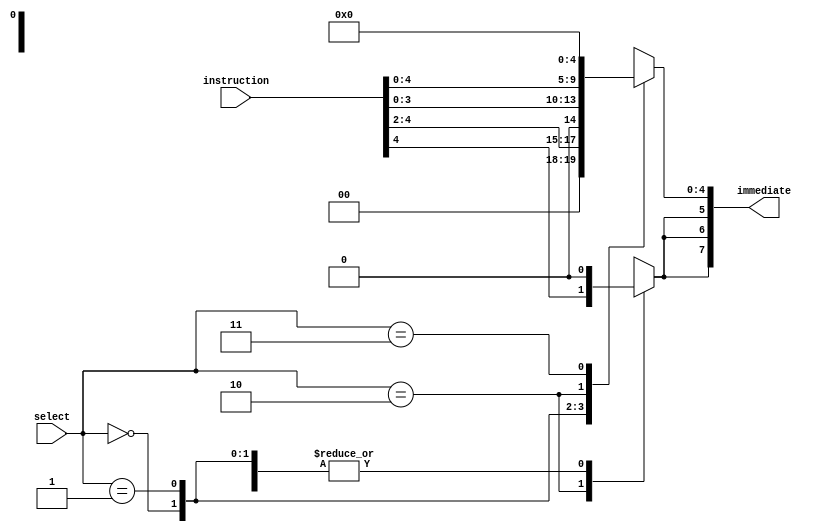
module immediate_extractor (input [7:0] instruction, input [1:0] select, output reg [7:0] immediate);

always@(select)
	case (select)
		2'b00: immediate= instruction[4:2];		//3bit instruction
		2'b01: immediate= instruction[3:0];		//4bit instruction
		2'b10:											//5bit instruction
		begin
		immediate[4:0]= instruction[4:0];
		immediate[5]=instruction[4];
		immediate[6]=instruction[4];
		immediate[7]=instruction[4];
		end
		2'b11: immediate= 8'b00000000;			//MOV instruction
	endcase	


endmodule